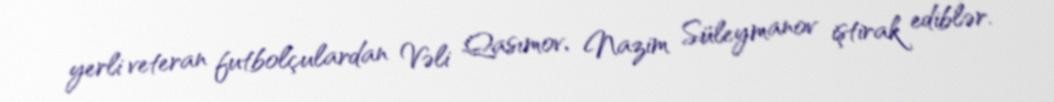
yerli veteran futbolçulardan Vəli Qasımov, Nazim Süleymanov iştirak ediblər.